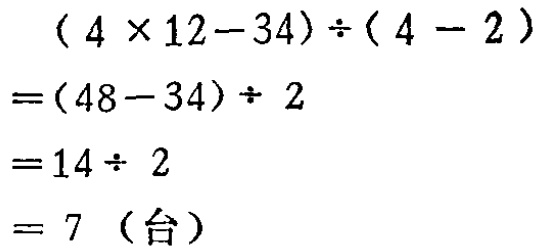
\[
\begin{align*}
&(4\times12 - 34)\div(4 - 2)\\
=&(48 - 34)\div2\\
=&14\div2\\
=&7 \text{（台）}
\end{align*}
\]